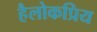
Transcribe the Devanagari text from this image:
हैलोकप्रिय